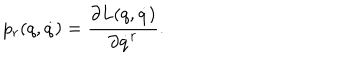
p _ { r } ( q , \dot { q } ) = \frac { \partial L ( q , \dot { q } ) } { \partial \dot { q } ^ { r } } .